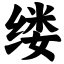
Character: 缕